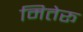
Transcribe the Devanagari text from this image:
मितेरू